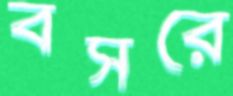
বসরে